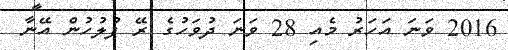
2016 ވަނަ އަހަރު މެއި 28 ވަނަ ދުވަހުގެ ރޭ ފުލުހުން އޭނާ